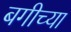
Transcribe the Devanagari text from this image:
बगीच्या